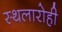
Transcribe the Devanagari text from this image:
स्थलारोही